Report of the Municipal Commissioner on the plague in Bombay for the year ending 31st May... - Volume 2
Disease focus: Plague
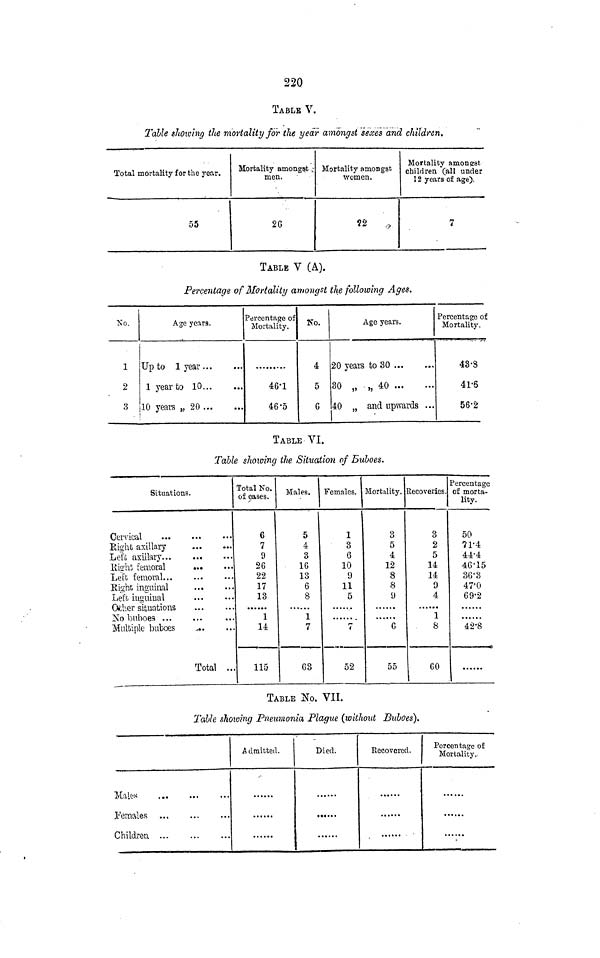
220
TABLE V.
Table showing the mortality for the year amongst sexes and children.
Total mortality for the year.
55
Mortality amongst v -
men.
20
Mortality amongst
women.
?2
,,
Mortality amongst
children (all under
1 2 years of age).
7
TABLE V (A).
Percentage of Mortality amongst the following Ages.
No.
1
2
3
Age years.
Up to 1 year
1 year to 10
10 years „ 20
Percentage of
Mortality.
46-1
46'5
No.
4
5
G
Age years.
20 years to 30
30 „ „ 40 ...
...
40 „ and upwards ...
Percentage of
Mortality.
43-8
41-6
56-2
TABLE VI.
Table showing the Situation of Buboes.
Situations.
DcTvical
iighb axillary
ijet'l; axillary
iiighi femoral
Left femoral
iight inguinal
Let's inguinal
Qfcher situations
No buboes
Multiple buboes
Total ..
Total No.
of cases.
j
6
7
9
26
22
17
13
1
14
115
Males.
5
4
3
16
13
6
8
1
7
63
Females.
1
3
6
10
9
11
5
7
52
Mortality.
3
5
4
12
8
8
9
G
55
Recoveries.
3
2
5
14
14
9
4
1
8
GO
Percentage
of morta-
lity.
50
71-4
44-4
46-15
36'3
47-0
G9'2
42-8
......
TABLE No. VII.
Table showing Pneumonia Plague (without Buboes).
Males
females
Children
A cltnittecl.
-'
Died.
•*•*• •
Recovered.
Percentage of
Mortality..
-